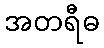
အတရီဓ